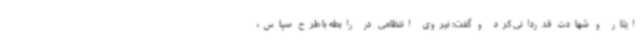
ایثار و شهادت قدردانی کرد و گفت: نیروی انتظامی در رابطه با طرح سپاس،